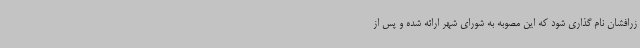
زرافشان نام گذاری شود که این مصوبه به شورای شهر ارائه شده و پس از